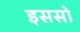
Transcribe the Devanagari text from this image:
इससो